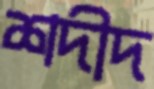
শদীদ